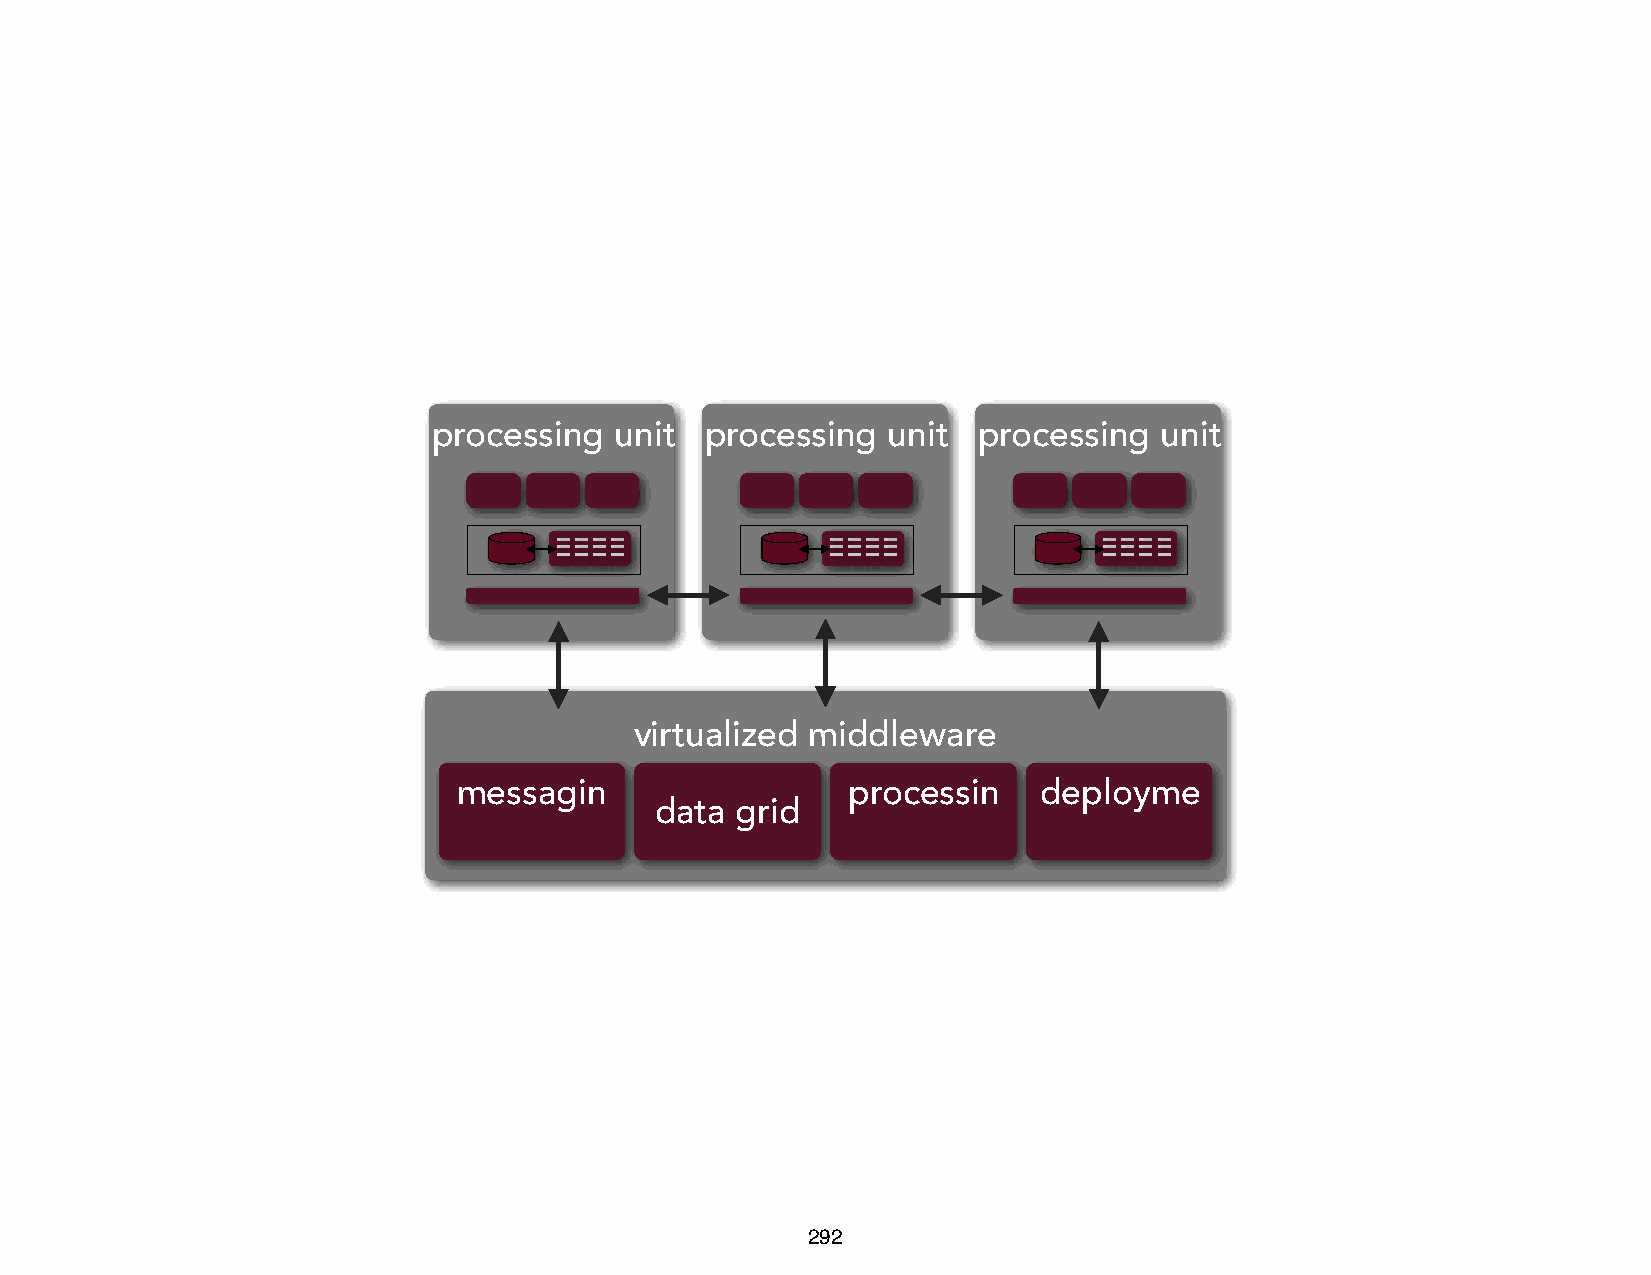
processing  unit  processing  unit  processing  unit
 virtualized middleware
 messagin                  processin    deployme
 data  grid
 db
 292